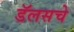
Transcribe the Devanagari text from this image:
डॅलसचे